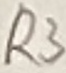
Text: R3